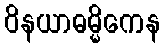
ဝိနယာဓမ္မိကေန